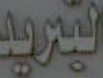
البريد